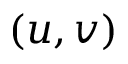
( u , v )